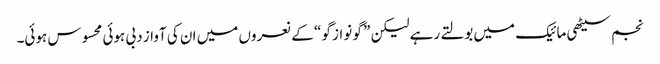
نجم سیٹھی مائیک میں بولتے رہے لیکن ” گو نواز گو “ کے نعروں میں ان کی آواز دبی ہوئی محسوس ہوئی۔